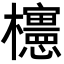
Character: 𣠣